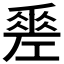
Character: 𢀩